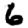
Digit: 6